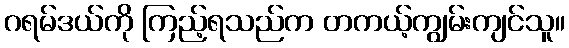
ဂရမ်ဒယ်ကို ကြည့်ရသည်က တကယ့်ကျွမ်းကျင်သူ။